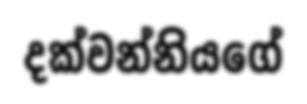
දක්වන්නියගේ